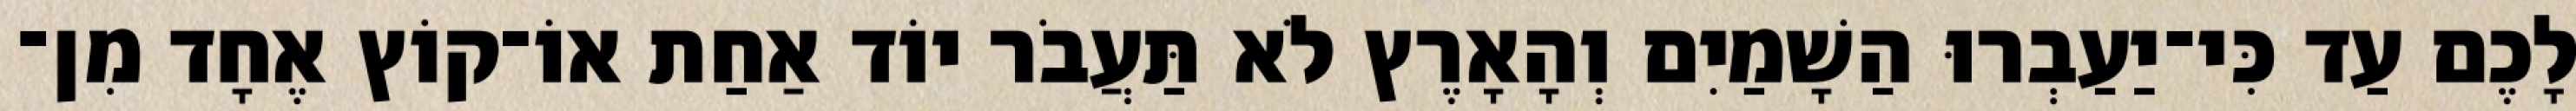
לָכֶם עַד כִּי־יַעַבְרוּ הַשָׁמַיִם וְהָאָרֶץ לֹא תַּעֲבֹר יוֹד אַחַת אוֹ־קוֹץ אֶחָד מִן־